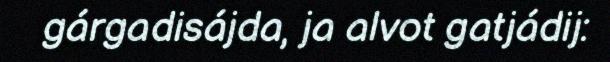
gárgadisájda, ja alvot gatjádij: